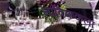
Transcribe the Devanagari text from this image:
नाविककला